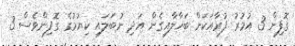
ގޮފިން 3 އުމުރު ފުރާއަކަށް ބަހާލާއިގެން އަދި ނުބަލައި ކިޔުމުގެ ގޮފިންވެސް 3